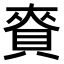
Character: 𧶘